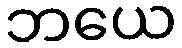
ဘယေ